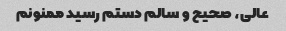
عالی، صحیح و سالم دستم رسید ممنونم